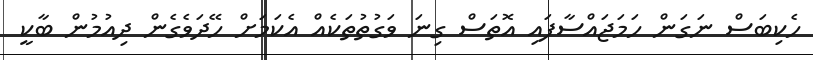
ހެކިބަސް ނަގަން ހަމަޖައްސާފައި އޮތަސް ގިނަ ވަގުތުތަކެއް އެކަމަށް ހޭދަވެގެން ދިއުމުން ބާކީ